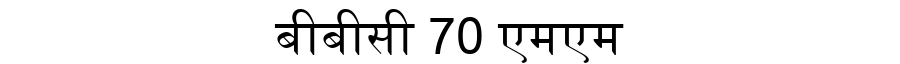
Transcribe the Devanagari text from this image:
बीबीसी 70 एमएम